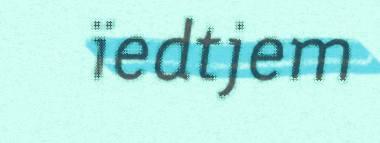
ïedtjem